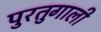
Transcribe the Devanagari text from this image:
पुरतुगाली